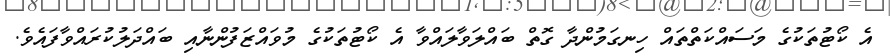
އެ ކޯޓުތަކުގެ މަސައްކަތްތައް ހިނގަމުންދާ ގޮތް ބައްލަވާލައްވާ އެ ކޯޓުތަކުގެ މުވައްޒަފުންނާއި ބައްދަލުކުރައްވާފައެވެ.